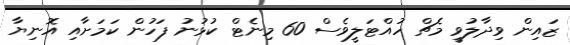
ޒައިން ވިދާލުވީ މެޗް ހުއްޓަލީވެސް 60 މިނެޓް ކުޅުނު ފަހުން ކަމަށާއި އޮނިޔާ